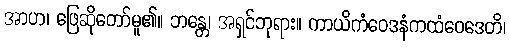
အာဟ၊ ဖြေဆိုတော်မူ၏။ ဘန္တေ၊ အရှင်ဘုရား။ ကာယိကံဝေဒနံကထံဝေဒေတိ၊